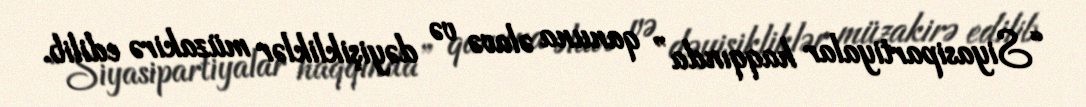
“Siyasipartiyalar haqqında” qanuna əlavə və dəyişikliklər müzakirə edilib.